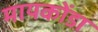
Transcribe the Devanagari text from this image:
मायकोंडा